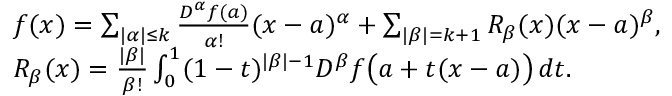
{ \begin{array} { r l } & { f ( { \boldsymbol { x } } ) = \sum _ { | \alpha | \leq k } { \frac { D ^ { \alpha } f ( { \boldsymbol { a } } ) } { \alpha ! } } ( { \boldsymbol { x } } - { \boldsymbol { a } } ) ^ { \alpha } + \sum _ { | \beta | = k + 1 } R _ { \beta } ( { \boldsymbol { x } } ) ( { \boldsymbol { x } } - { \boldsymbol { a } } ) ^ { \beta } , } \\ & { R _ { \beta } ( { \boldsymbol { x } } ) = { \frac { | \beta | } { \beta ! } } \int _ { 0 } ^ { 1 } ( 1 - t ) ^ { | \beta | - 1 } D ^ { \beta } f { \big ( } { \boldsymbol { a } } + t ( { \boldsymbol { x } } - { \boldsymbol { a } } ) { \big ) } \, d t . } \end{array} }